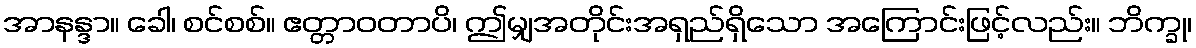
အာနန္ဒာ။ ခေါ၊ စင်စစ်။ ဧတ္တာဝတာပိ၊ ဤမျှအတိုင်းအရှည်ရှိသော အကြောင်းဖြင့်လည်း။ ဘိက္ခု၊